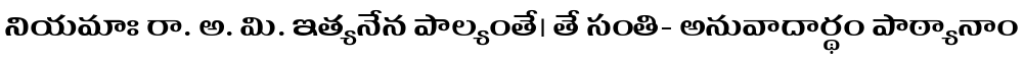
నియమాః రా. అ. మి. ఇత్యనేన పాల్యంతే। తే సంతి- అనువాదార్థం పాఠ్యానాం